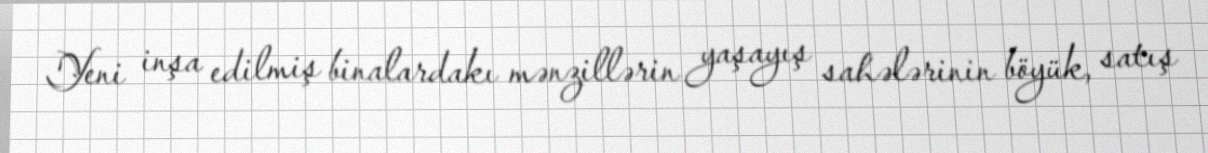
Yeni inşa edilmiş binalardakı mənzillərin yaşayış sahələrinin böyük, satış